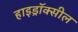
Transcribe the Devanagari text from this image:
हाइड्रॉक्सील